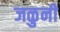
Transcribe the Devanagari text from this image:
जळुनी